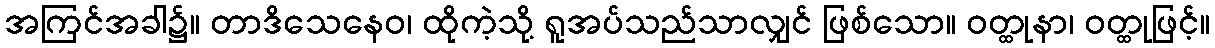
အကြင်အခါ၌။ တာဒိသေနေဝ၊ ထိုကဲ့သို့ ရူအပ်သည်သာလျှင် ဖြစ်သော။ ဝတ္ထုနာ၊ ဝတ္ထုဖြင့်။